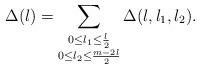
LaTeX: \begin{align*}\Delta(l) = \sum_{\substack{0 \le l_1 \le \frac{l}{2} \\ 0 \le l_2 \le \frac{m-2l}{2}}} \Delta(l,l_1,l_2).\end{align*}